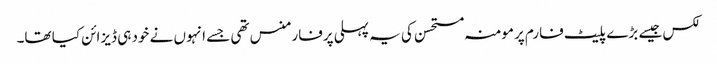
لکس جیسے بڑے پلیٹ فارم پرمومنہ مستحسن کی یہ پہلی پرفارمنس تھی جسے انہوں نے خود ہی ڈیزائن کیا تھا۔